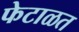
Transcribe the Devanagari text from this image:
फेटाळत